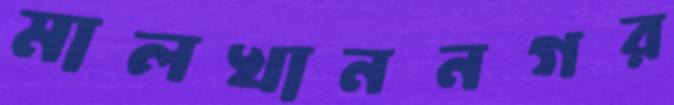
মালখাননগর